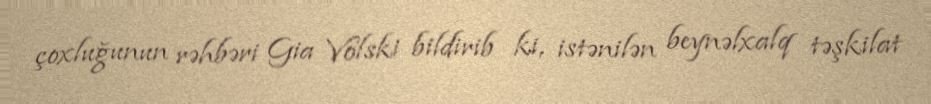
çoxluğunun rəhbəri Gia Volski bildirib ki, istənilən beynəlxalq təşkilat